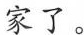
家了。